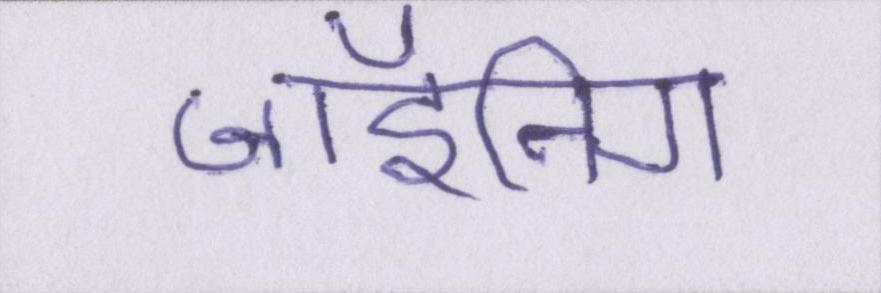
जॉइनिंग